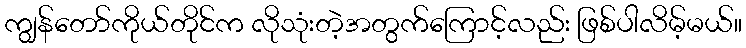
ကျွန်တော်ကိုယ်တိုင်က လိုသုံးတဲ့အတွက်ကြောင့်လည်း ဖြစ်ပါလိမ့်မယ်။